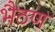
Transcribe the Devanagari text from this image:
भैठण